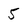
Character: 5